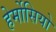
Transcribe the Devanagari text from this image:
हेर्मोसियो